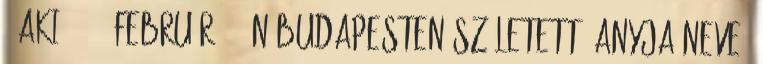
– aki 1939. február 18-án Budapesten született, anyja neve: